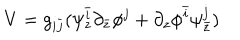
V = g _ { i \bar { j } } ( \psi _ { z } ^ { \bar { i } } \partial _ { \bar { z } } \phi ^ { j } + \partial _ { z } \phi ^ { \bar { i } } \psi _ { \bar { z } } ^ { j } )